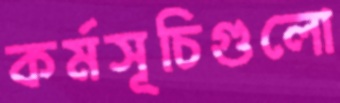
কর্মসূচিগুলো